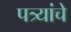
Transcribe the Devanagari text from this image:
पत्र्यांचे